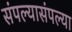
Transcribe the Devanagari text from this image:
संपल्यासंपल्या